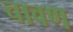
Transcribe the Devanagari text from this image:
चावण